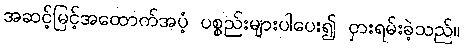
အဆင့်မြင့်အထောက်အပံ့ ပစ္စည်းများပါပေး၍ ငှားရမ်းခဲ့သည်။